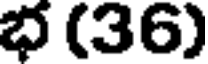
భ (36)